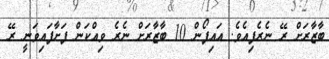
ބާޒާރަށް ރޭ ނެރެފިއެވެ. އައިފޯން 10 ބާޒާރަށް ނެރެ ވިއްކަން ފަށާފައިވަނީ ރޭ